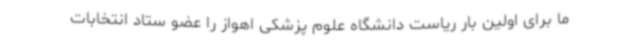
ما برای اولین بار ریاست دانشگاه علوم پزشکی اهواز را عضو ستاد انتخابات